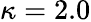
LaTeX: \kappa=2.0